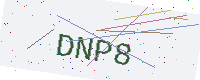
Text: DNP8